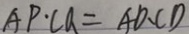
A P \cdot C Q = A D \cdot C D